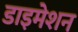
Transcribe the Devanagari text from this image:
डाइमेशन